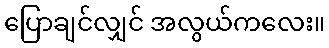
ပြောချင်လျှင် အလွယ်ကလေး။